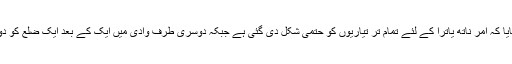
موصوف شہری نے بتایا کہ امر ناتھ یاترا کے لئے تمام تر تیاریوں کو حتمی شکل دی گئی ہے جبکہ دوسری طرف وادی میں ایک کے بعد ایک ضلع کو دوبارہ بند کیا جارہا ہے۔